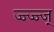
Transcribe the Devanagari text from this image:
ज्ज्ज्ज्ज्